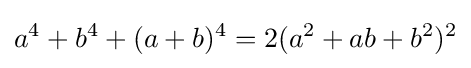
a^{4}+b^{4}+(a+b)^{4}=2(a^{2}+ab+b^{2})^{2}